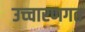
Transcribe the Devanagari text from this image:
उच्‍चारणगत